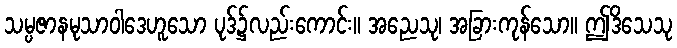
သမ္ပဇာနမုသာဝါဒေဟူသော ပုဒ်၌လည်းကောင်း။ အညေသု၊ အခြားကုန်သော။ ဤဒိသေသု